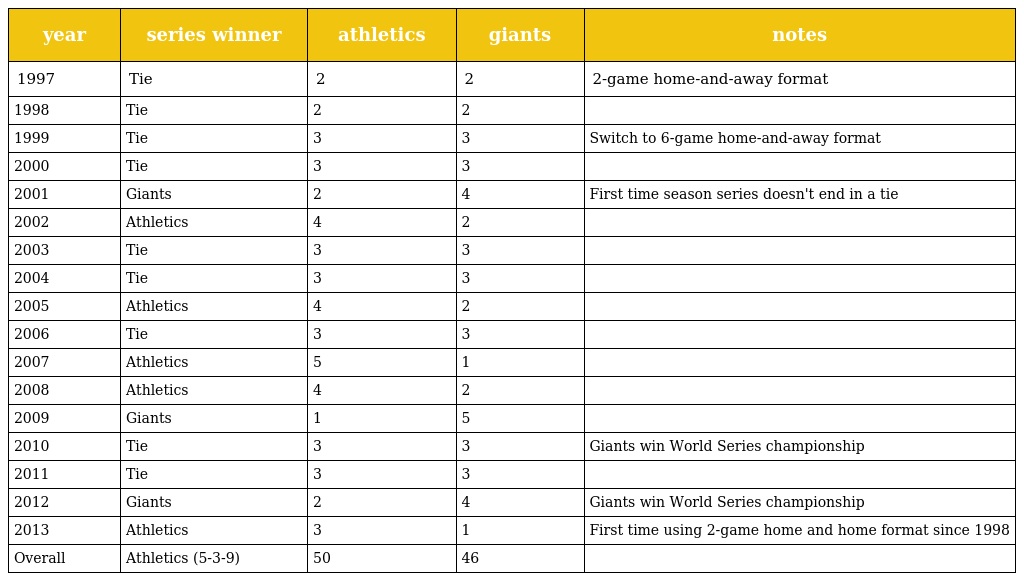
| year | series winner | athletics | giants | notes |
 | --- | --- | --- | --- | --- |
 | 1997 | Tie | 2 | 2 | 2-game home-and-away format |
 | 1998 | Tie | 2 | 2 |  |
 | 1999 | Tie | 3 | 3 | Switch to 6-game home-and-away format |
 | 2000 | Tie | 3 | 3 |  |
 | 2001 | Giants | 2 | 4 | First time season series doesn't end in a tie |
 | 2002 | Athletics | 4 | 2 |  |
 | 2003 | Tie | 3 | 3 |  |
 | 2004 | Tie | 3 | 3 |  |
 | 2005 | Athletics | 4 | 2 |  |
 | 2006 | Tie | 3 | 3 |  |
 | 2007 | Athletics | 5 | 1 |  |
 | 2008 | Athletics | 4 | 2 |  |
 | 2009 | Giants | 1 | 5 |  |
 | 2010 | Tie | 3 | 3 | Giants win World Series championship |
 | 2011 | Tie | 3 | 3 |  |
 | 2012 | Giants | 2 | 4 | Giants win World Series championship |
 | 2013 | Athletics | 3 | 1 | First time using 2-game home and home format since 1998 |
 | Overall | Athletics (5-3-9) | 50 | 46 |  |